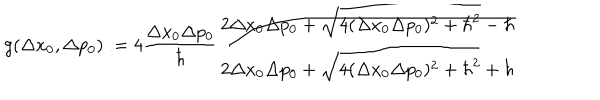
g ( \Delta x _ { 0 } , \Delta p _ { 0 } ) : = 4 \frac { \Delta x _ { 0 } \Delta p _ { 0 } } { \hbar } \frac { 2 \Delta x _ { 0 } \Delta p _ { 0 } + \sqrt { 4 ( \Delta x _ { 0 } \Delta p _ { 0 } ) ^ { 2 } + { \hbar } ^ { 2 } } - \hbar } { 2 \Delta x _ { 0 } \Delta p _ { 0 } + \sqrt { 4 ( \Delta x _ { 0 } \Delta p _ { 0 } ) ^ { 2 } + { \hbar } ^ { 2 } } + \hbar }